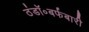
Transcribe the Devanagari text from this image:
ठंडॉ॰बर्फबारी